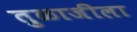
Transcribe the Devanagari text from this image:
तुळाजीला